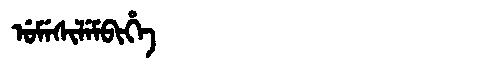
Manchu: ᡠᠮᡝᠰᡳᠯᡝᠮᠪᡳᡥᡝ
Romanization: UMESILEMBIHE